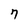
Character: 7